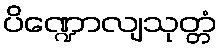
ပိဏ္ဍောလျသုတ္တံ